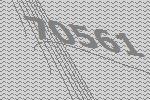
70561